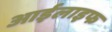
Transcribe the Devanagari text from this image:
आईलाइफ